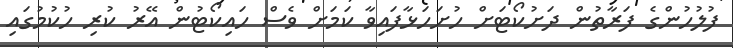
ފުލުހުންގެ ފަރާތުން ދަށުކޯޓަށް ހުށަހަޅާފައިވާ ކަމަށް ވެސް ހައިކޯޓުން އޭރު ކުރި ހުކުމުގައި